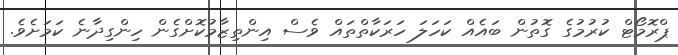
ޕްރޮމޯޓް ކުރުމުގެ ގޮތުން ބައެއް ކަހަަލަ ހަރަކާތްތައް ވެސް އިންތިޒާމުކޮށްގެން ހިންގިދާނެ ކަމަށެވެ.